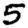
Digit: 5